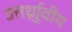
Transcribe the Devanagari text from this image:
उत्तर्ध्राुवीय